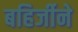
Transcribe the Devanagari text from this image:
बहिर्जीने